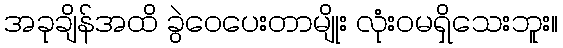
အခုချိန်အထိ ခွဲဝေပေးတာမျိုး လုံးဝမရှိသေးဘူး။